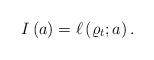
LaTeX: \begin{align*}I \left( a \right) = \ell \left( \varrho_{t} ; a \right).\end{align*}